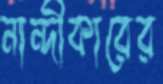
নান্দীকারের